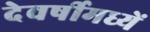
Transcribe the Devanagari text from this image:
देवर्षीमध्यें